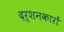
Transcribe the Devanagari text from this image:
दर्शनकारों